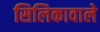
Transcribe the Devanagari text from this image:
सिलिकावाले